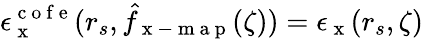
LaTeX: \epsilon_{\mathrm{~x~}}^{\mathrm{~c~o~f~e~}}(r_{s},\hat{f}_{\mathrm{~x~-~m~a~p~}}(\zeta))=\epsilon_{\mathrm{~x~}}(r_{s},\zeta)